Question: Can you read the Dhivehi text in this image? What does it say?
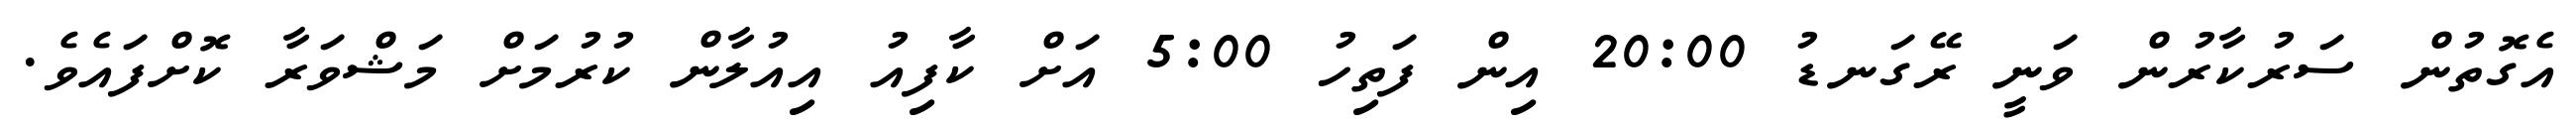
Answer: އެގޮތުން ސަރުކާރުން ވަނީ ރޭގަނޑު 20:00 އިން ފަތިހު 5:00 އަށް ކާފިއު އިއުލާން ކުރުމަށް މަޝްވަރާ ކޮށްފައެވެ.